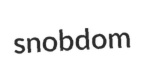
snobdom